Mental hospitals Bombay report 1929-33 - 1929-1933
Year: 1929
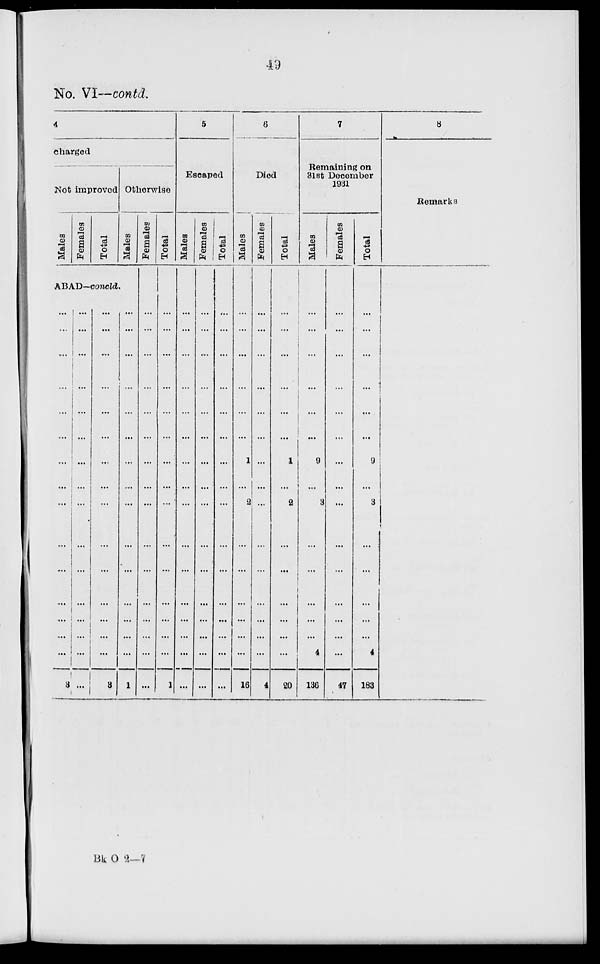
49
No. VI—contd.
4
charged
Not improved
Males
Females
Total
Otherwise
Males
ABAD—concld.
...
...
...
...
...
...
...
...
...
...
...
...
...
...
...
3
...
...
...
...
...
...
...
...
...
...
...
...
...
...
...
...
...
...
...
...
...
...
...
...
...
...
...
...
...
...
...
3
...
...
...
...
...
...
...
...
...
...
...
...
...
...
...
1
Females
...
...
...
...
...
...
...
...
...
...
...
...
...
...
...
...
Total
...
...
...
...
...
...
...
...
...
...
...
...
...
...
...
1
5
Escaped
Males
...
...
...
...
...
...
...
...
...
...
...
...
...
...
...
...
Females
...
...
....
...
...
...
...
...
...
...
...
...
...
...
...
...
Total
...
...
...
...
...
...
...
...
...
...
...
...
...
...
...
...
6
Died
Males
...
...
...
...
...
...
1
...
2
...
...
...
...
...
...
16
Females
...
...
...
...
...
...
...
...
...
...
...
...
...
...
...
4
Total
...
...
...
...
...
...
1
...
2
...
...
...
...
...
...
20
7
Remaining on
31st December
1931
Males
...
...
...
...
...
...
9
...
3
...
...
...
...
...
4
136
Females
...
...
...
...
...
...
...
...
...
...
...
...
...
...
...
47
Total
...
...
...
...
...
...
9
...
3
...
...
...
...
...
4
183
8
Remarks
Bk O 2-7